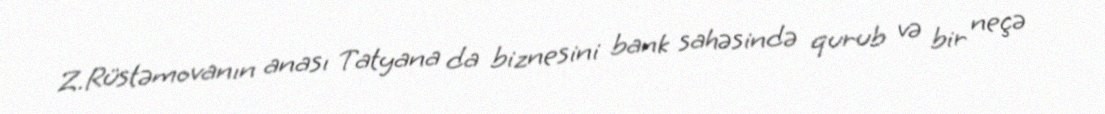
Z.Rüstəmovanın anası Tatyana da biznesini bank sahəsində qurub və bir neçə